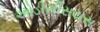
ઓડીસીસયસ